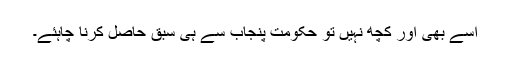
اسے بھی اور کچھ نہیں تو حکومت پنجاب سے ہی سبق حاصل کرنا چاہئے۔